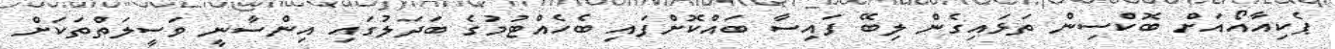
ޕެކިއާއޯއަށް ބޮކްސިން ތަޅައިގެން ލިބޭ ފައިސާ ބައްކޮށްފައި ބެހެއްޓުމުގެ ބަދަލުގައި އިންސާނީ ވަސީލަތްތަކަށް